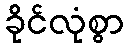
ခိုင်လုံစွာ